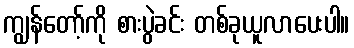
ကျွန်တော့်ကို စားပွဲခင်း တစ်ခုယူလာပေးပါ။